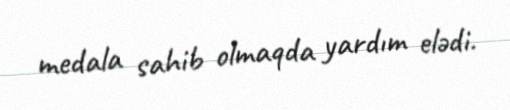
medala sahib olmaqda yardım elədi.